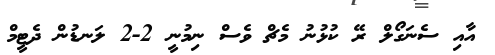
އާއި ސެނަގޯލް ރޭ ކުޅުނު މެޗް ވެސް ނިމުނީ 2-2 ލަނޑުން ދެޓީމް